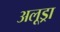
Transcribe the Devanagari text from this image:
अलूड्रा